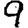
Digit: 9